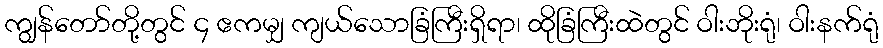
ကျွန်တော်တို့တွင် ၄ ဧကမျှ ကျယ်သောခြံကြီးရှိရာ၊ ထိုခြံကြီးထဲတွင် ဝါးဘိုးရုံ၊ ဝါးနက်ရုံ